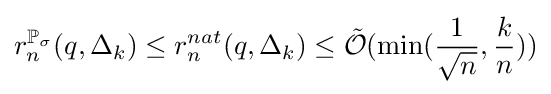
r_{n}^{\mathbb {P} _{\sigma }}(q,\Delta _{k})\leq r_{n}^{nat}(q,\Delta _{k})\leq {\tilde {\mathcal {O}}}(\min({\frac {1}{\sqrt {n}}},{\frac {k}{n}}))